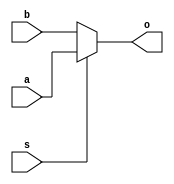
`timescale 1ns / 1ps
//////////////////////////////////////////////////////////////////////////////////
// Company: IMB-CNM, CSIC
// 
// Design Name: Multiplexor 2 to 1 width N
// Module Name: MUX2to1_wN
// Description: 
// 
// Dependencies: 
// 
// Revision:
// Revision 0.01 - File Created
// Additional Comments:
// 
//////////////////////////////////////////////////////////////////////////////////

module MUX2to1_wN #(parameter N = 4)(
    output [N-1:0] o,
    input [N-1:0] a, b,
    input s
);
    
    assign o = s ? a : b;

endmodule